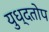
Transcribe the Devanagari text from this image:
युध्दतोप